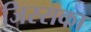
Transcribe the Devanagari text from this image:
जिस्सका